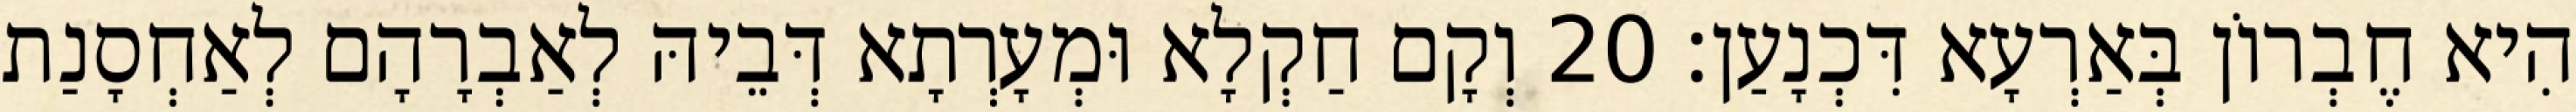
הִיא חֶבְרוֹן בְּאַרְעָא דִּכְנָעַן׃ 20 וְקָם חַקְלָא וּמְעָרְתָא דְּבֵיהּ לְאַבְרָהָם לְאַחְסָנַת